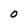
Character: O